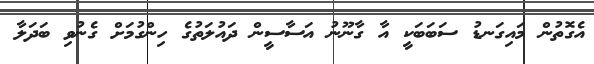
އެގޮތުން މައިގަނޑު ސަބަބަކީ އާ ގާނޫނު އަސާސީން ދައުލަތުގެ ހިންގުމަށް ގެނުވި ބަދަލާ